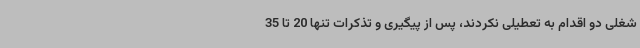
شغلی دو اقدام به تعطیلی نکردند، پس از پیگیری و تذکرات تنها 20 تا 35